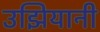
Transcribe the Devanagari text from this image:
उझियानी